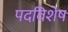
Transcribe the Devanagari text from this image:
पदविशेष